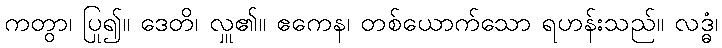
ကတွာ၊ ပြု၍။ ဒေတိ၊ လှူ၏။ ဧကေန၊ တစ်ယောက်သော ရဟန်းသည်။ လဒ္ဓံ၊